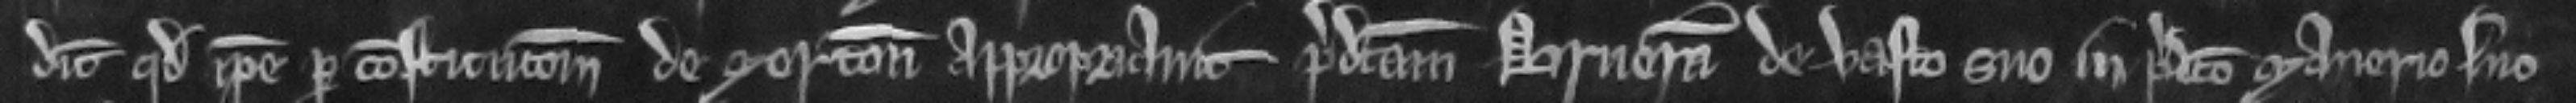
dicit quod ipse per constitucionem de Merton appropriavit predictam brueram de vasto suo in predicto manerio suo